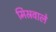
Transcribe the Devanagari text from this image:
मिस्रवाले